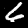
Digit: 6